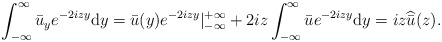
\begin{align*}\begin{aligned}& \int_{-\infty}^{\infty} \bar{u}_y e^{-2izy} \mathrm{d}y = \bar{u}(y) e^{-2izy}|_{-\infty}^{+\infty}+2iz \int_{-\infty}^{\infty} \bar{u}e^{-2izy}\mathrm{d}y= i z \widehat{\bar{u} } ( z).\end{aligned}\end{align*}